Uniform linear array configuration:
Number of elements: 16
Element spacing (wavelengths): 0.25
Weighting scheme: hamming
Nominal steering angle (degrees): -15
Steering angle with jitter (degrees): -14.044
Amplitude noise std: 0.05
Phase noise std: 0.05

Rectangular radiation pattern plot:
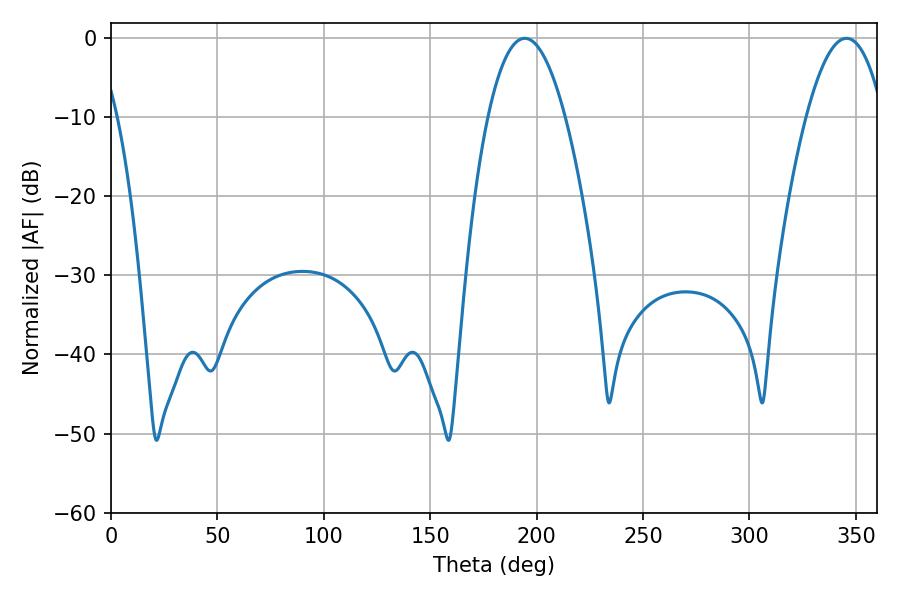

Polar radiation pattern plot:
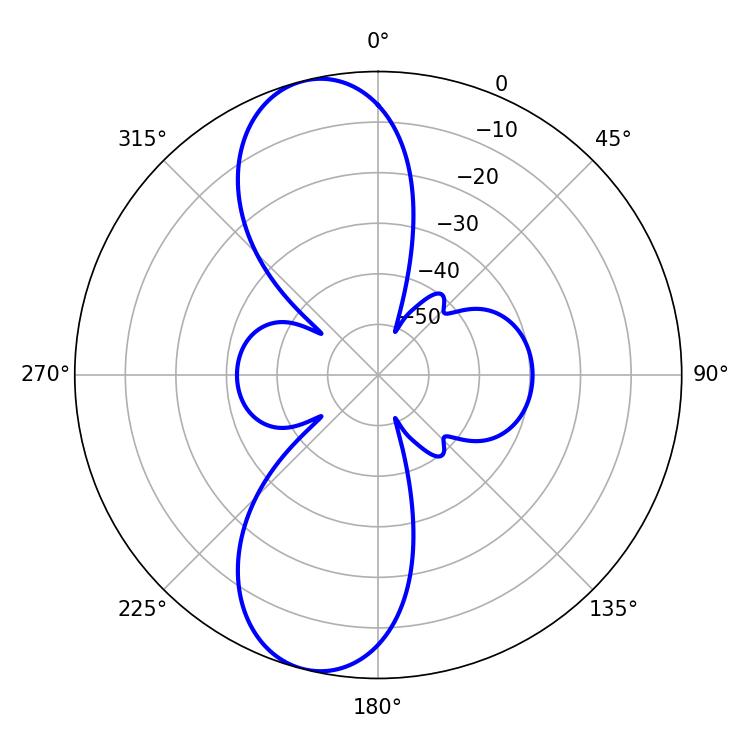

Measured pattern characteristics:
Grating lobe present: FALSE
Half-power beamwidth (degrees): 19.98
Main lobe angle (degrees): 194.4